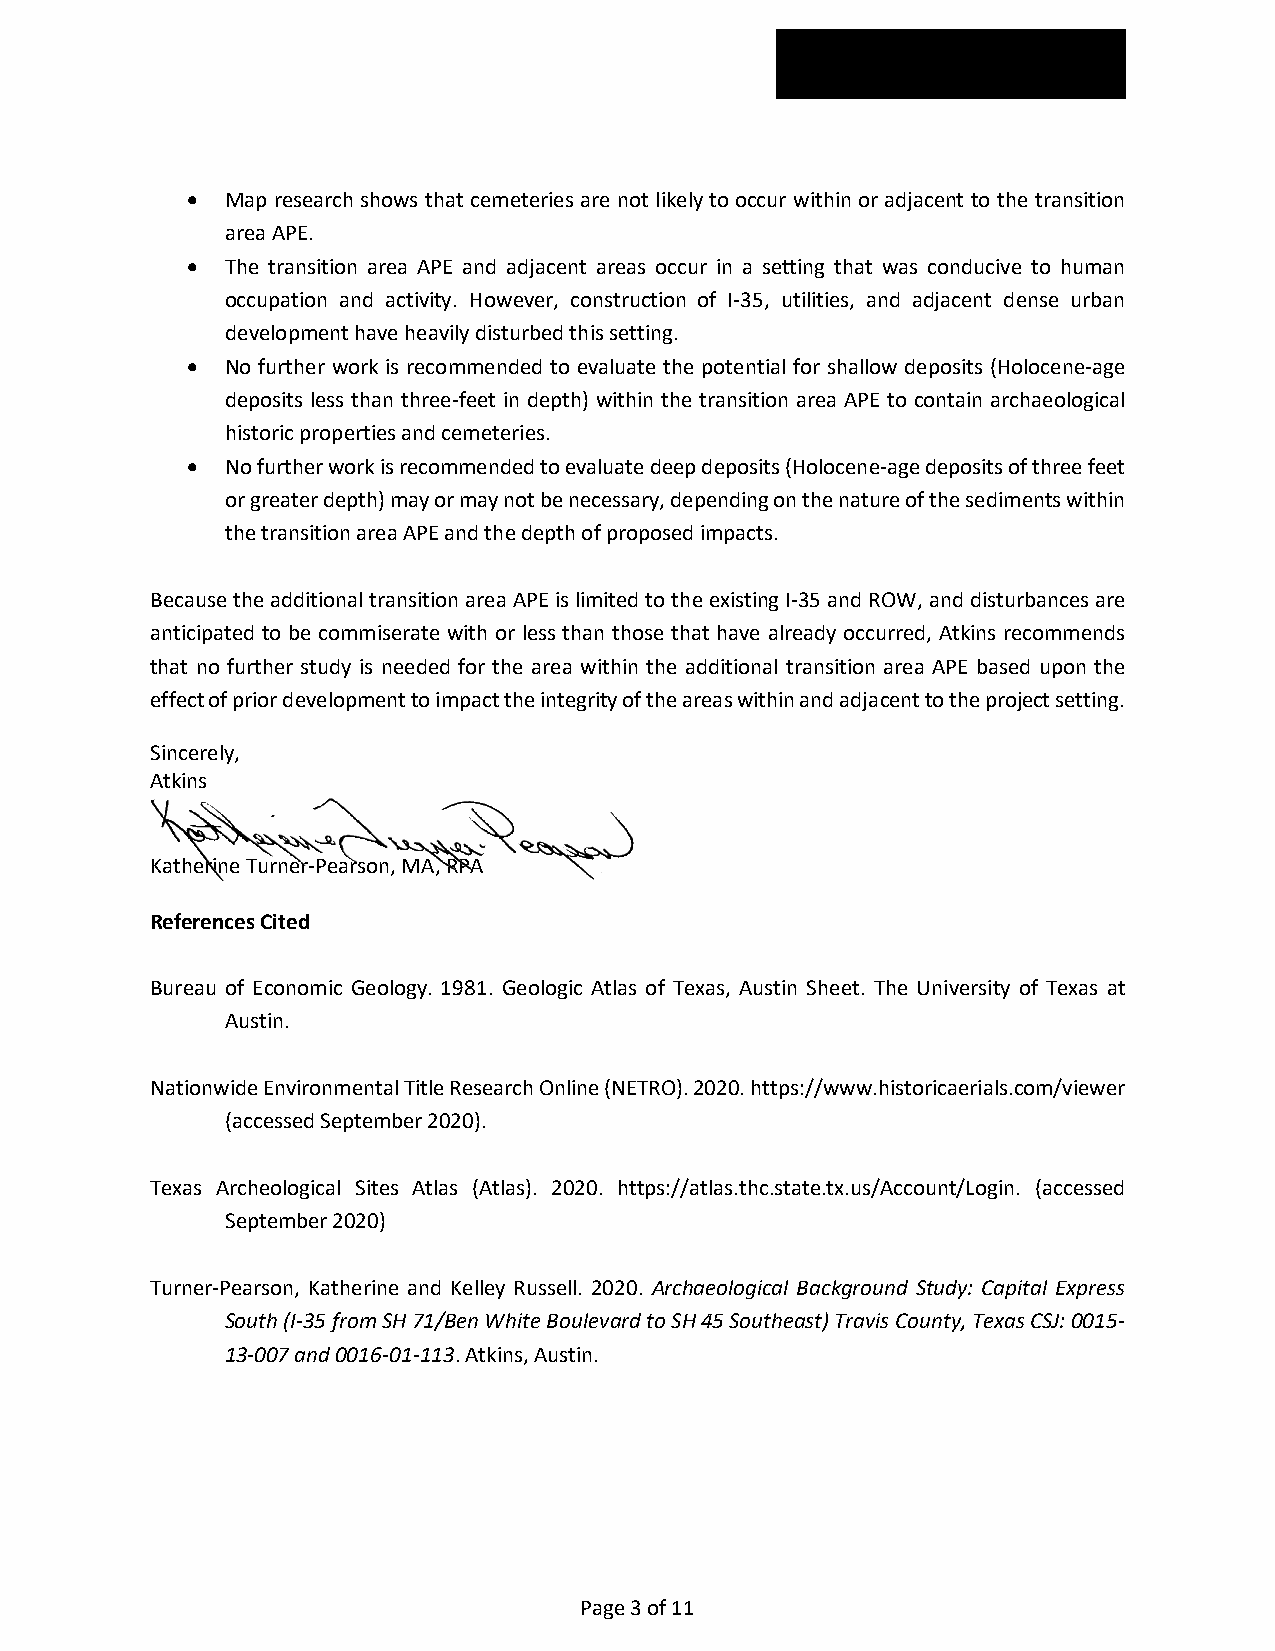
  Map research shows that cemeteries are not likely to occur within or adjacent to the transition
 area APE.
   The transition area APE and adjacent areas occur in a setting that was conducive to human
 occupation and activity. However, construction of I-35, utilities, and adjacent dense urban
 development have heavily disturbed this setting.
   No further work is recommended to evaluate the potential for shallow deposits (Holocene-age
 deposits less than three-feet in depth) within the transition area APE to contain archaeological
 historic properties and cemeteries.
   No further work is recommended to evaluate deep deposits (Holocene-age deposits of three feet
 or greater depth) may or may not be necessary, depending on the nature of the sediments within
 the transition area APE and the depth of proposed impacts.
 Because the additional transition area APE is limited to the existing I-35 and ROW, and disturbances are
 anticipated to be commiserate with or less than those that have already occurred, Atkins recommends
 that no further study is needed for the area within the additional transition area APE based upon the
 effect of prior development to impact the integrity of the areas within and adjacent to the project setting.
 Sincerely,
 Atkins
 Katherine Turner-Pearson, MA, RPA
 References Cited
 Bureau of Economic Geology. 1981. Geologic Atlas of Texas, Austin Sheet. The University of Texas at
 Austin.
 Nationwide Environmental Title Research Online (NETRO). 2020. https://www.historicaerials.com/viewer
 (accessed September 2020).
 Texas Archeological Sites Atlas (Atlas). 2020. https://atlas.thc.state.tx.us/Account/Login. (accessed
 September 2020)
 Turner-Pearson, Katherine and Kelley Russell. 2020. Archaeological Background Study: Capital Express
 South (I-35 from SH 71/Ben White Boulevard to SH 45 Southeast) Travis County, Texas CSJ: 0015-
 13-007 and 0016-01-113. Atkins, Austin.
 Page 3 of 11